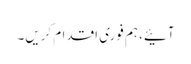
آئیے، ہم فوری اقدام کریں۔